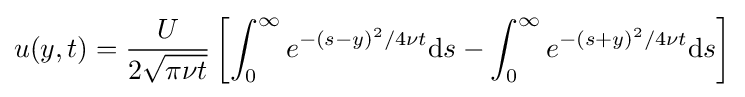
u(y,t)={\frac {U}{2{\sqrt {\pi \nu t}}}}\left[\int _{0}^{\infty }e^{-(s-y)^{2}/4\nu t}\mathrm {d} s-\int _{0}^{\infty }e^{-(s+y)^{2}/4\nu t}\mathrm {d} s\right]